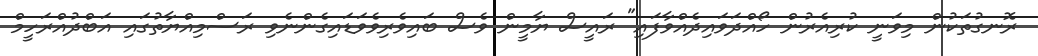
ރޮނގުތަކުން މިވަނީ ކުރިއެރުން ހޯއްދަވައިދެއްވާފައި" ރައީސް ޔާމީން ވެސް ބައިވެރިވެވަޑައިގެންނެވި ރަސްމިއްޔާތުގައި އަބްދުއްރަހީމް